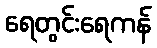
ရေတွင်းရေကန်